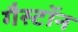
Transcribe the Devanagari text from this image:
गैस्टॉन